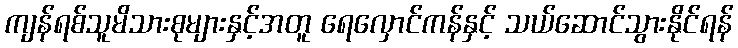
ကျန်ရစ်သူမိသားစုများနှင့်အတူ ရေလှောင်ကန်နှင့် သယ်ဆောင်သွားနိုင်ရန်